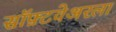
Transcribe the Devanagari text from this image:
सॉफ़्टवेअरला